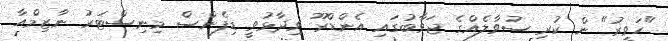
"ހަވީރު" ން ކުރި ސުވާލެއްގެ ޖަވާބުގައި އެންޑްރޫ ވިދާޅުވީ ޑިފެންސް މިނިސްޓަރު ނާޒިމްއާ